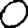
Digit: 0